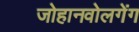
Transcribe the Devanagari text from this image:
जोहानवोलगेंग